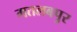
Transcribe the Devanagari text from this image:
मतलबपुर